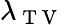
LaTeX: \lambda_{\mathrm{~T~V~}}